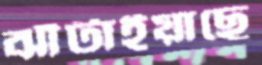
ঝাঁটাইয়াছে